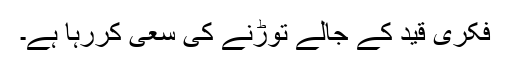
فکری قید کے جالے توڑنے کی سعی کررہا ہے۔